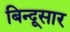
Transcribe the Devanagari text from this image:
बिन्दूसार